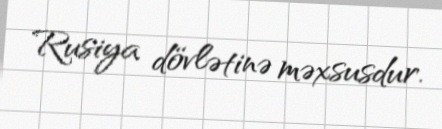
Rusiya dövlətinə məxsusdur.